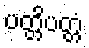
ပတ္တိပတ္တံ